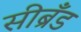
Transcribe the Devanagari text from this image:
सीब्रँड